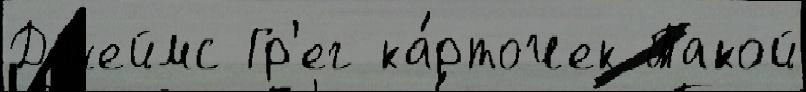
Джеймс Гр'ег ка́рточек Такой